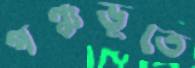
পঞ্চভূতে